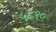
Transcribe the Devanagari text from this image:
५८९०